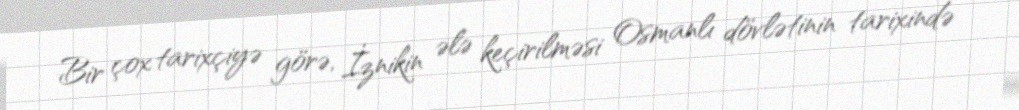
Bir çox tarixçiyə görə, İznikin ələ keçirilməsi Osmanlı dövlətinin tarixində